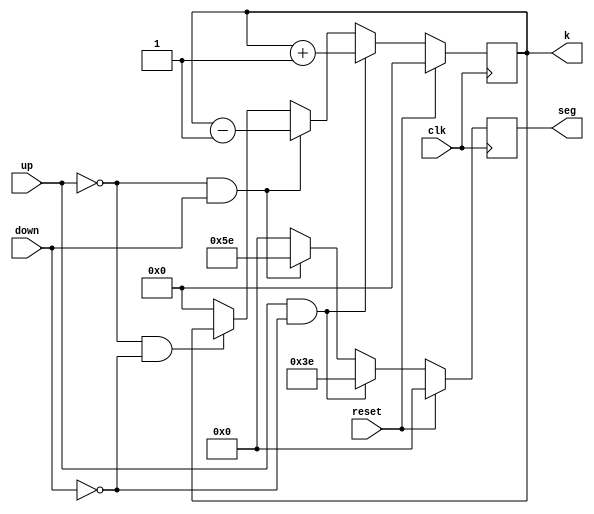
`timescale 1ns / 1ps

module UDC(
    input clk, reset, up, down,
    output reg [3:0]k,
    output reg [6:0]seg
    );
    
initial begin
    k = 4'b0000;
end
    
always @(posedge clk) begin
    if (reset) begin
        k <= 0;
        seg <= 0;
    end
    else if (up & ~down) begin
        k <= k + 1;
        seg <= 7'b0111110;
    end
    else if (~up & down) begin
        k <= k - 1;
        seg <= 7'b1011110;
    end
    else if (~up & ~down) begin
        seg <= 0;
    end
    else begin
        k <= 0;
        seg <= 0;
    end
end
    
endmodule